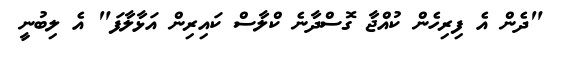
"ދެން އެ ފިރިހެން ކުއްޖާ ގޮސްދާނެ ކްލާސް ކައިރިން އަޅާލާފަ" އެ ލިބުނީ